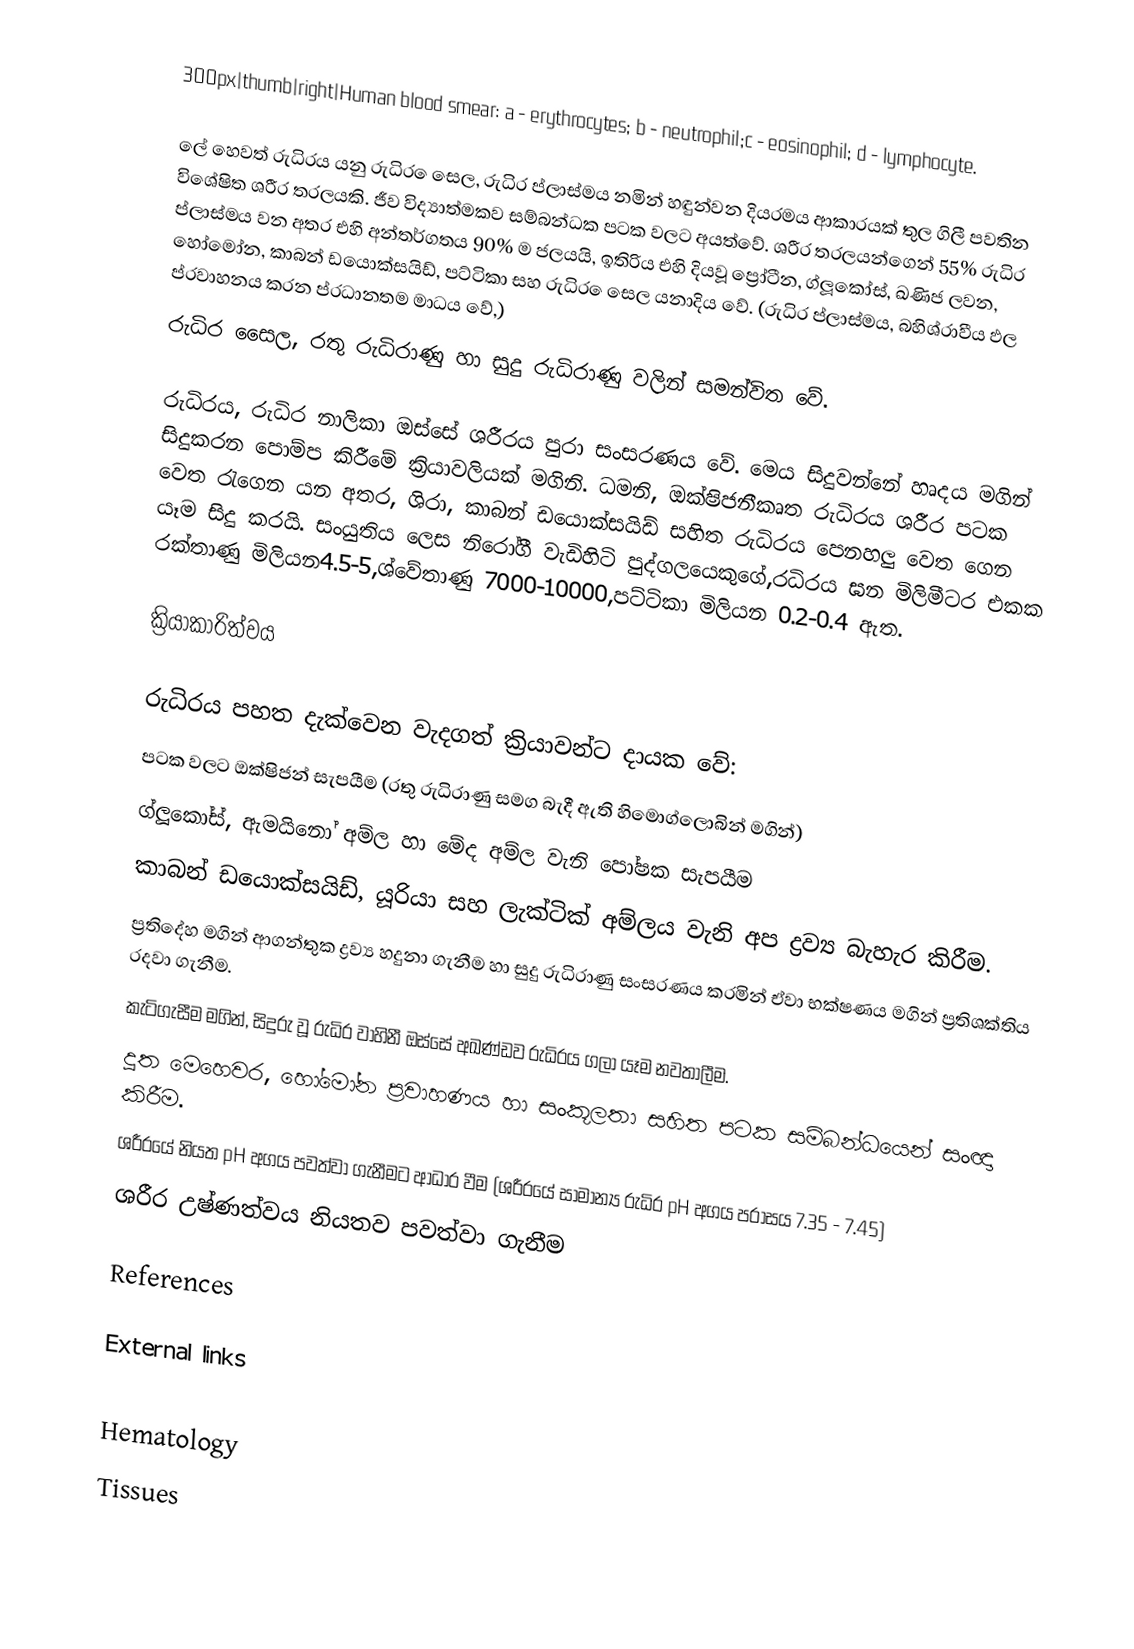
300px|thumb|right|Human blood smear: a - erythrocytes; b - neutrophil;c - eosinophil; d - lymphocyte.

ලේ හෙවත්  රුධිරය යනු රුධිර ෙසෙල, රුධිර ප්ලාස්මය නමින් හඳුන්වන දියරමය ආකාරයක් තුල ගිලී පවතින විශේෂිත ශරීර තරලයකි.  ජීව විද්‍යාත්මකව සම්බන්ධක පටක වලට අයත්වේ. ශරීර තරලයන්ගෙන් 55% රුධිර ප්ලාස්මය වන අතර එහි අන්තර්ගතය 90% ම ජලයයි, ඉතිරිය එහි දියවූ ප්‍රෝටීන, ග්ලූකෝස්, ඛණිජ ලවන, හෝමෝන, කාබන් ඩයොක්සයිඩ්, පට්ටිකා සහ රුධිර ෙසෙල යනාදිය වේ. (රුධිර ප්ලාස්මය, බහිශ්රාවීය ඵල ප්රවාහනය කරන ප්රධානතම මාධය වේ,)
රුධිර සෛල, රතු රුධිරාණු හා සුදු රුධිරාණු වලින් සමන්විත වේ.

රුධිරය, රුධිර නාලිකා ඔස්සේ ශරීරය පුරා සංසරණය වේ. මෙය සිදුවන්නේ හෘදය මගින් සිදුකරන පොම්ප කිරීමේ ක්‍රියාවලියක් මගිනි.  ධමනි,  ඔක්ෂිජනීකෘත රුධිරය ශරීර පටක වෙත  රැගෙන යන අතර, ශිරා, කාබන් ඩයොක්සයිඩ් සහිත රුධිරය පෙනහලු වෙත ගෙන යෑම සිදු කරයි. සංයුතිය ලෙස නිරෝගී වැඩිහිටි පුද්ගලයෙකුගේ,රධිරය ඝන මිලිමීටර එකක රක්තාණු මිලියන4.5-5,ශ්වේතාණු 7000-10000,පට්ටිකා මිලියන 0.2-0.4 ඇත.

ක්‍රියාකාරිත්වය

රුධිරය පහත දැක්වෙන වැදගත් ක්‍රියාවන්ට දායක වේ:
 පටක වලට ඔක්ෂිජන් සැපයීම (රතු රුධිරාණු සමග බැදී ඇති හිමොග්ලොබින් මගින්)
 ග්ලූකෝස්, ඇමයිනෝ අම්ල හා මේද අම්ල වැනි පෝෂක සැපයීම
 කාබන් ඩයොක්සයිඩ්, යූරියා සහ ලැක්ටික් අම්ලය වැනි අප ද්‍රව්‍ය බැහැර කිරීම.
 ප්‍රතිදේහ මගින් ආගන්තුක  ද්‍රව්‍ය හදුනා ගැනීම හා සුදු රුධිරාණු සංසරණය කරමින් ඒවා භක්ෂණය මගින් ප්‍රතිශක්තිය රදවා ගැනීම.
 කැටිගැසීම මගින්, සිදුරු වූ රුධිර වාහිනී ඔස්සේ අඛණ්ඩව රුධිරය ගලා යෑම නවතාලීම.
 දූත මෙහෙවර, හෝමෝන ප්‍රවාහණය හා සංකූලතා සහිත පටක සම්බන්ධයෙන් සංඥා කිරීම.
 ශරීරයේ නියත pH අගය පවත්වා ගැනීමට ආධාර වීම (ශරීරයේ සාමාන්‍ය රුධිර pH අගය පරාසය 7.35 - 7.45)
 ශරීර උෂ්ණත්වය නියතව පවත්වා ගැනීම

References

External links

Hematology
Tissues